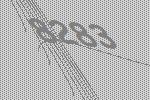
8283